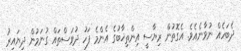
ދެބަހެއް ނުވާނެއެވެ. އެގޮތުން ރިޔާސީ އިންތިޚާބުގެ އެންމެ ފަހު ދުވަސްތައް ގުނަމުން ދިޔައިރު